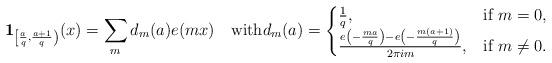
LaTeX: \begin{align*}{\bf 1}_{\left[ \frac aq,\frac{a+1}q\right)}(x) = \sum_{m} d_m(a) e(mx) \quad\mbox{with}d_m(a) = \begin{cases}\frac 1q, & \mbox{if $m=0$}, \\\frac{ e\left( -\frac {ma}q \right) - e\left( -\frac {m(a+1)}q \right)}{2\pi i m},& \mbox{if $m\ne 0$}. \end{cases}\end{align*}